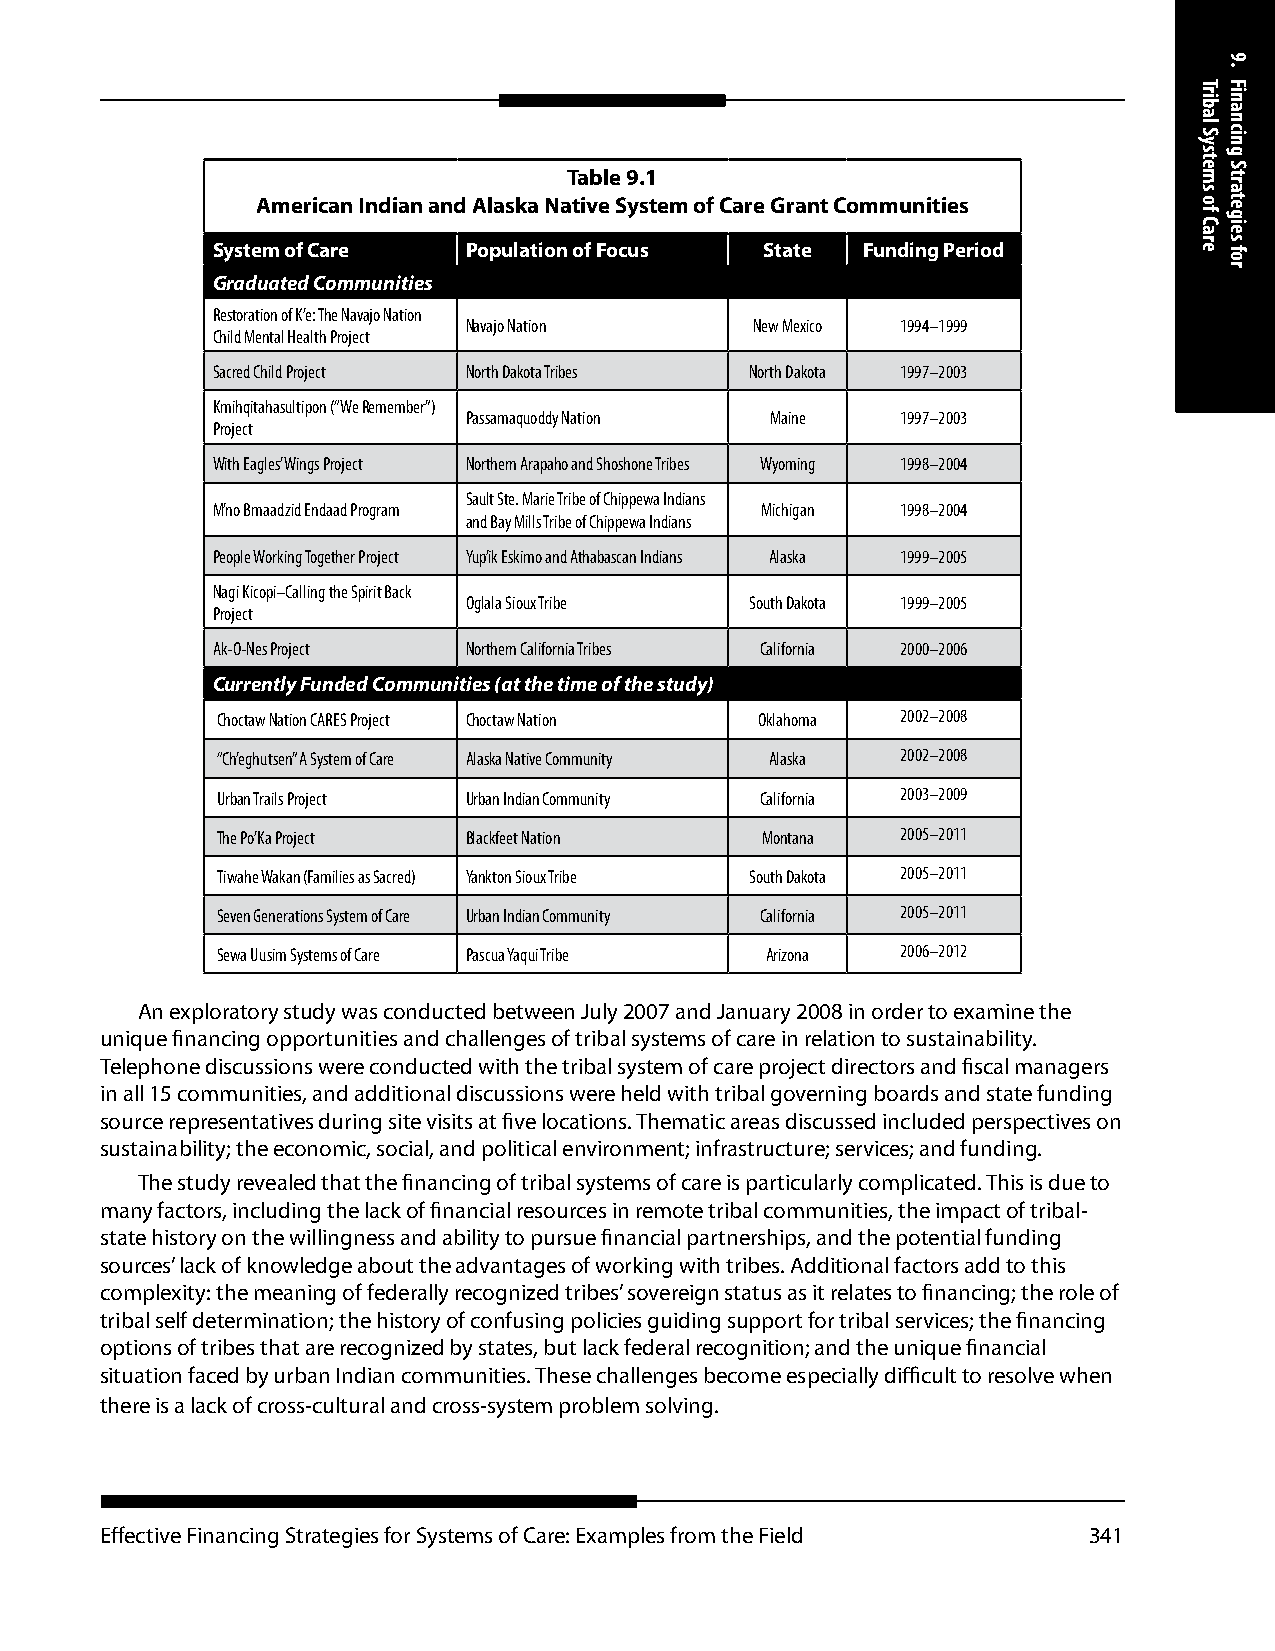
Table 9.1
 American Indian and Alaska Native System of Care Grant Communities
 System of Care   Population of Focus State Funding Period
 Graduated Communities
 Restoration of K’e: The Navajo Nation
 Navajo Nation      New Mexico 1994–1999
 Child Mental Health Project
 Sacred Child Project North Dakota Tribes North Dakota 1997–2003
 Kmihqitahasultipon (“We Remember”)
 Passamaquoddy Nation Maine   1997–2003
 Project
 With Eagles’ Wings Project Northern Arapaho and Shoshone Tribes Wyoming 1998–2004
 Sault Ste. Marie Tribe of Chippewa Indians
 M’no Bmaadzid Endaad Program        Michigan  1998–2004
 and Bay Mills Tribe of Chippewa Indians
 People Working Together Project Yup’ik Eskimo and Athabascan Indians Alaska 1999–2005
 Nagi Kicopi–Calling the Spirit Back
 Oglala Sioux Tribe South Dakota 1999–2005
 Project
 Ak-O-Nes Project Northern California Tribes California 2000–2006
 Currently Funded Communities (at the time of the study)
 Choctaw Nation CARES Project Choctaw Nation Oklahoma 2002–2008
 “Ch’eghutsen” A System of Care Alaska Native Community Alaska 2002–2008
 Urban Trails Project Urban Indian Community California 2003–2009
 The Po’Ka Project Blackfeet Nation  Montana   2005–2011
 Tiwahe Wakan (Families as Sacred) Yankton Sioux Tribe South Dakota 2005–2011
 Seven Generations System of Care Urban Indian Community California 2005–2011
 Sewa Uusim Systems of Care Pascua Yaqui Tribe Arizona 2006–2012
 An exploratory study was conducted between July 2007 and January 2008 in order to examine the
 unique financing opportunities and challenges of tribal systems of care in relation to sustainability.
 Telephone discussions were conducted with the tribal system of care project directors and fiscal managers
 in all 15 communities, and additional discussions were held with tribal governing boards and state funding
 source representatives during site visits at five locations. Thematic areas discussed included perspectives on
 sustainability; the economic, social, and political environment; infrastructure; services; and funding.
 The study revealed that the financing of tribal systems of care is particularly complicated. This is due to
 many factors, including the lack of financial resources in remote tribal communities, the impact of tribal-
 state history on the willingness and ability to pursue financial partnerships, and the potential funding
 sources’ lack of knowledge about the advantages of working with tribes. Additional factors add to this
 complexity: the meaning of federally recognized tribes’ sovereign status as it relates to financing; the role of
 tribal self determination; the history of confusing policies guiding support for tribal services; the financing
 options of tribes that are recognized by states, but lack federal recognition; and the unique financial
 situation faced by urban Indian communities. These challenges become especially difficult to resolve when
 there is a lack of cross-cultural and cross-system problem solving.
 Effective Financing Strategies for Systems of Care: Examples from the Field 341
 Tribal
 Systems
 of
 Care
 9.
 Financing
 Strategies
 for